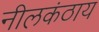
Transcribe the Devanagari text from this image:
नीलकंठाय